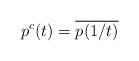
LaTeX: \begin{align*}p^c(t)= \overline{p(1/t)}\end{align*}